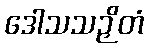
ဒေါသသဉှိတံ